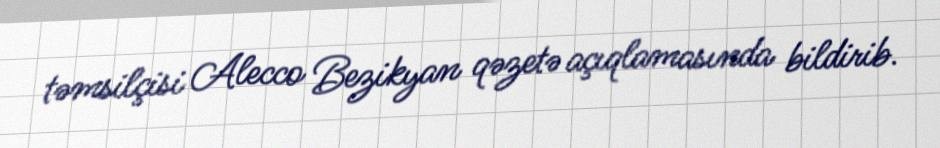
təmsilçisi Alecco Bezikyan qəzetə açıqlamasında bildirib.